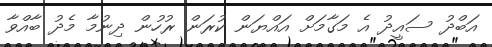
އަބްދު ސައީދު އެ މަގާމަށް އައްޔަން ކުރަން ރުހުން ދިނުމާ މެދު ބާއްވާ